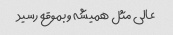
عالی مثل همیشه و بموقع رسید